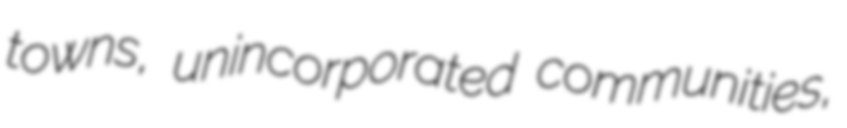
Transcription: towns, unincorporated communities,